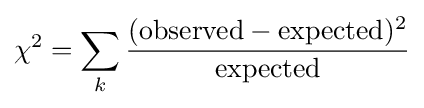
\chi ^{2}=\sum _{k}{\frac {({\text{observed}}-{\text{expected}})^{2}}{\text{expected}}}